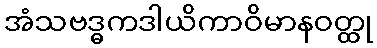
အံသဗဒ္ဓကဒါယိကာဝိမာနဝတ္ထု